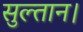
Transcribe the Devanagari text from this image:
सुल्तान।